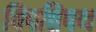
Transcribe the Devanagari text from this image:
विपत्तिपथ